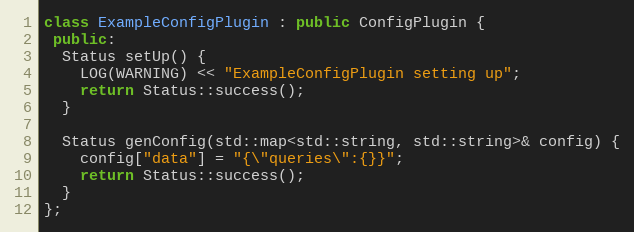
Language: C++
class ExampleConfigPlugin : public ConfigPlugin {
 public:
  Status setUp() {
    LOG(WARNING) << "ExampleConfigPlugin setting up";
    return Status::success();
  }

  Status genConfig(std::map<std::string, std::string>& config) {
    config["data"] = "{\"queries\":{}}";
    return Status::success();
  }
};